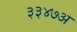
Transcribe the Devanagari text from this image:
३३४७अ